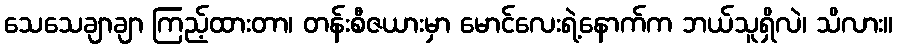
သေသေချာချာ ကြည့်ထားတာ၊ တန်းစီဇယားမှာ မောင်လေးရဲ့နောက်က ဘယ်သူရှိလဲ၊ သိလား။